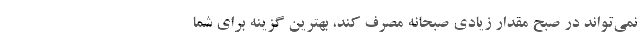
نمی‌تواند در صبح مقدار زیادی صبحانه مصرف کند، بهترین گزینه برای شما